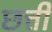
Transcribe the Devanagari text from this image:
छत्ती